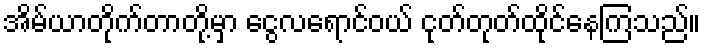
အိမ်ယာတိုက်တာတို့မှာ ငွေလရောင်ဝယ် ငုတ်တုတ်ထိုင်နေကြသည်။